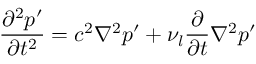
\frac { \partial ^ { 2 } p ^ { \prime } } { \partial t ^ { 2 } } = c ^ { 2 } \nabla ^ { 2 } p ^ { \prime } + \nu _ { l } \frac { \partial } { \partial t } \nabla ^ { 2 } p ^ { \prime }